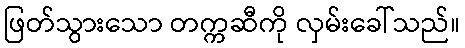
ဖြတ်သွားသော တက္ကဆီကို လှမ်းခေါ်သည်။